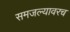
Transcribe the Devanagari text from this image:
समजल्यावरच